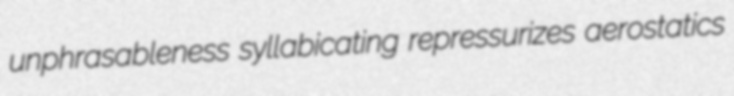
unphrasableness syllabicating repressurizes aerostatics